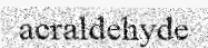
acraldehyde